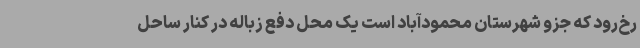
رخ‌رود که جزو شهرستان محمودآباد است یک محل دفع زباله در کنار ساحل